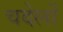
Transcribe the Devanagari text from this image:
चदेलों